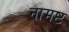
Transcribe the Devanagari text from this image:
नामष्ट